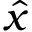
\hat { x }